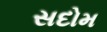
સદોમ